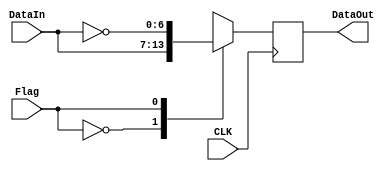
module BPSK (DataIn, DataOut, CLK, Flag);
parameter n=7; //default value is set for hamming, not BCH which needs 15 bits in
input [n-1:0] DataIn;
input CLK, Flag;
output reg [n-1:0] DataOut;

always @ (posedge CLK) begin
	case(Flag)
		0: DataOut <= DataIn; //If the flag is 0 set the output to the inverse of the input
		//~ is the bitwise not operation
		1: DataOut <= ~DataIn; //use nonblocking assignment because this is a sequential logic blck

		default: DataOut = {n{1'bx}}; //should be able to verify any problems in modelsim like this

	endcase
end

endmodule